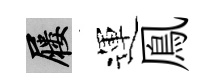
屨運鳯